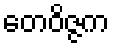
တေဝိဇ္ဇက